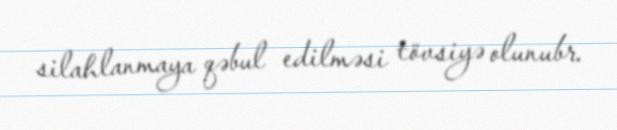
silahlanmaya qəbul edilməsi tövsiyə olunubr.